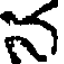
న